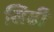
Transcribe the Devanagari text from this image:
सिढी